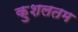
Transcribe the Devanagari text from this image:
कुशलतम